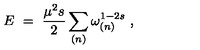
E \ = \ \frac { \mu ^ { 2 } s } { 2 } \sum _ { ( n ) } \omega _ { ( n ) } ^ { 1 - 2 s } \ ,